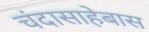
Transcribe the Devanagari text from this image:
चंदासाहेबास